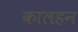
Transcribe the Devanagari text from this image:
कालहन